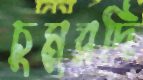
চুমুরদি